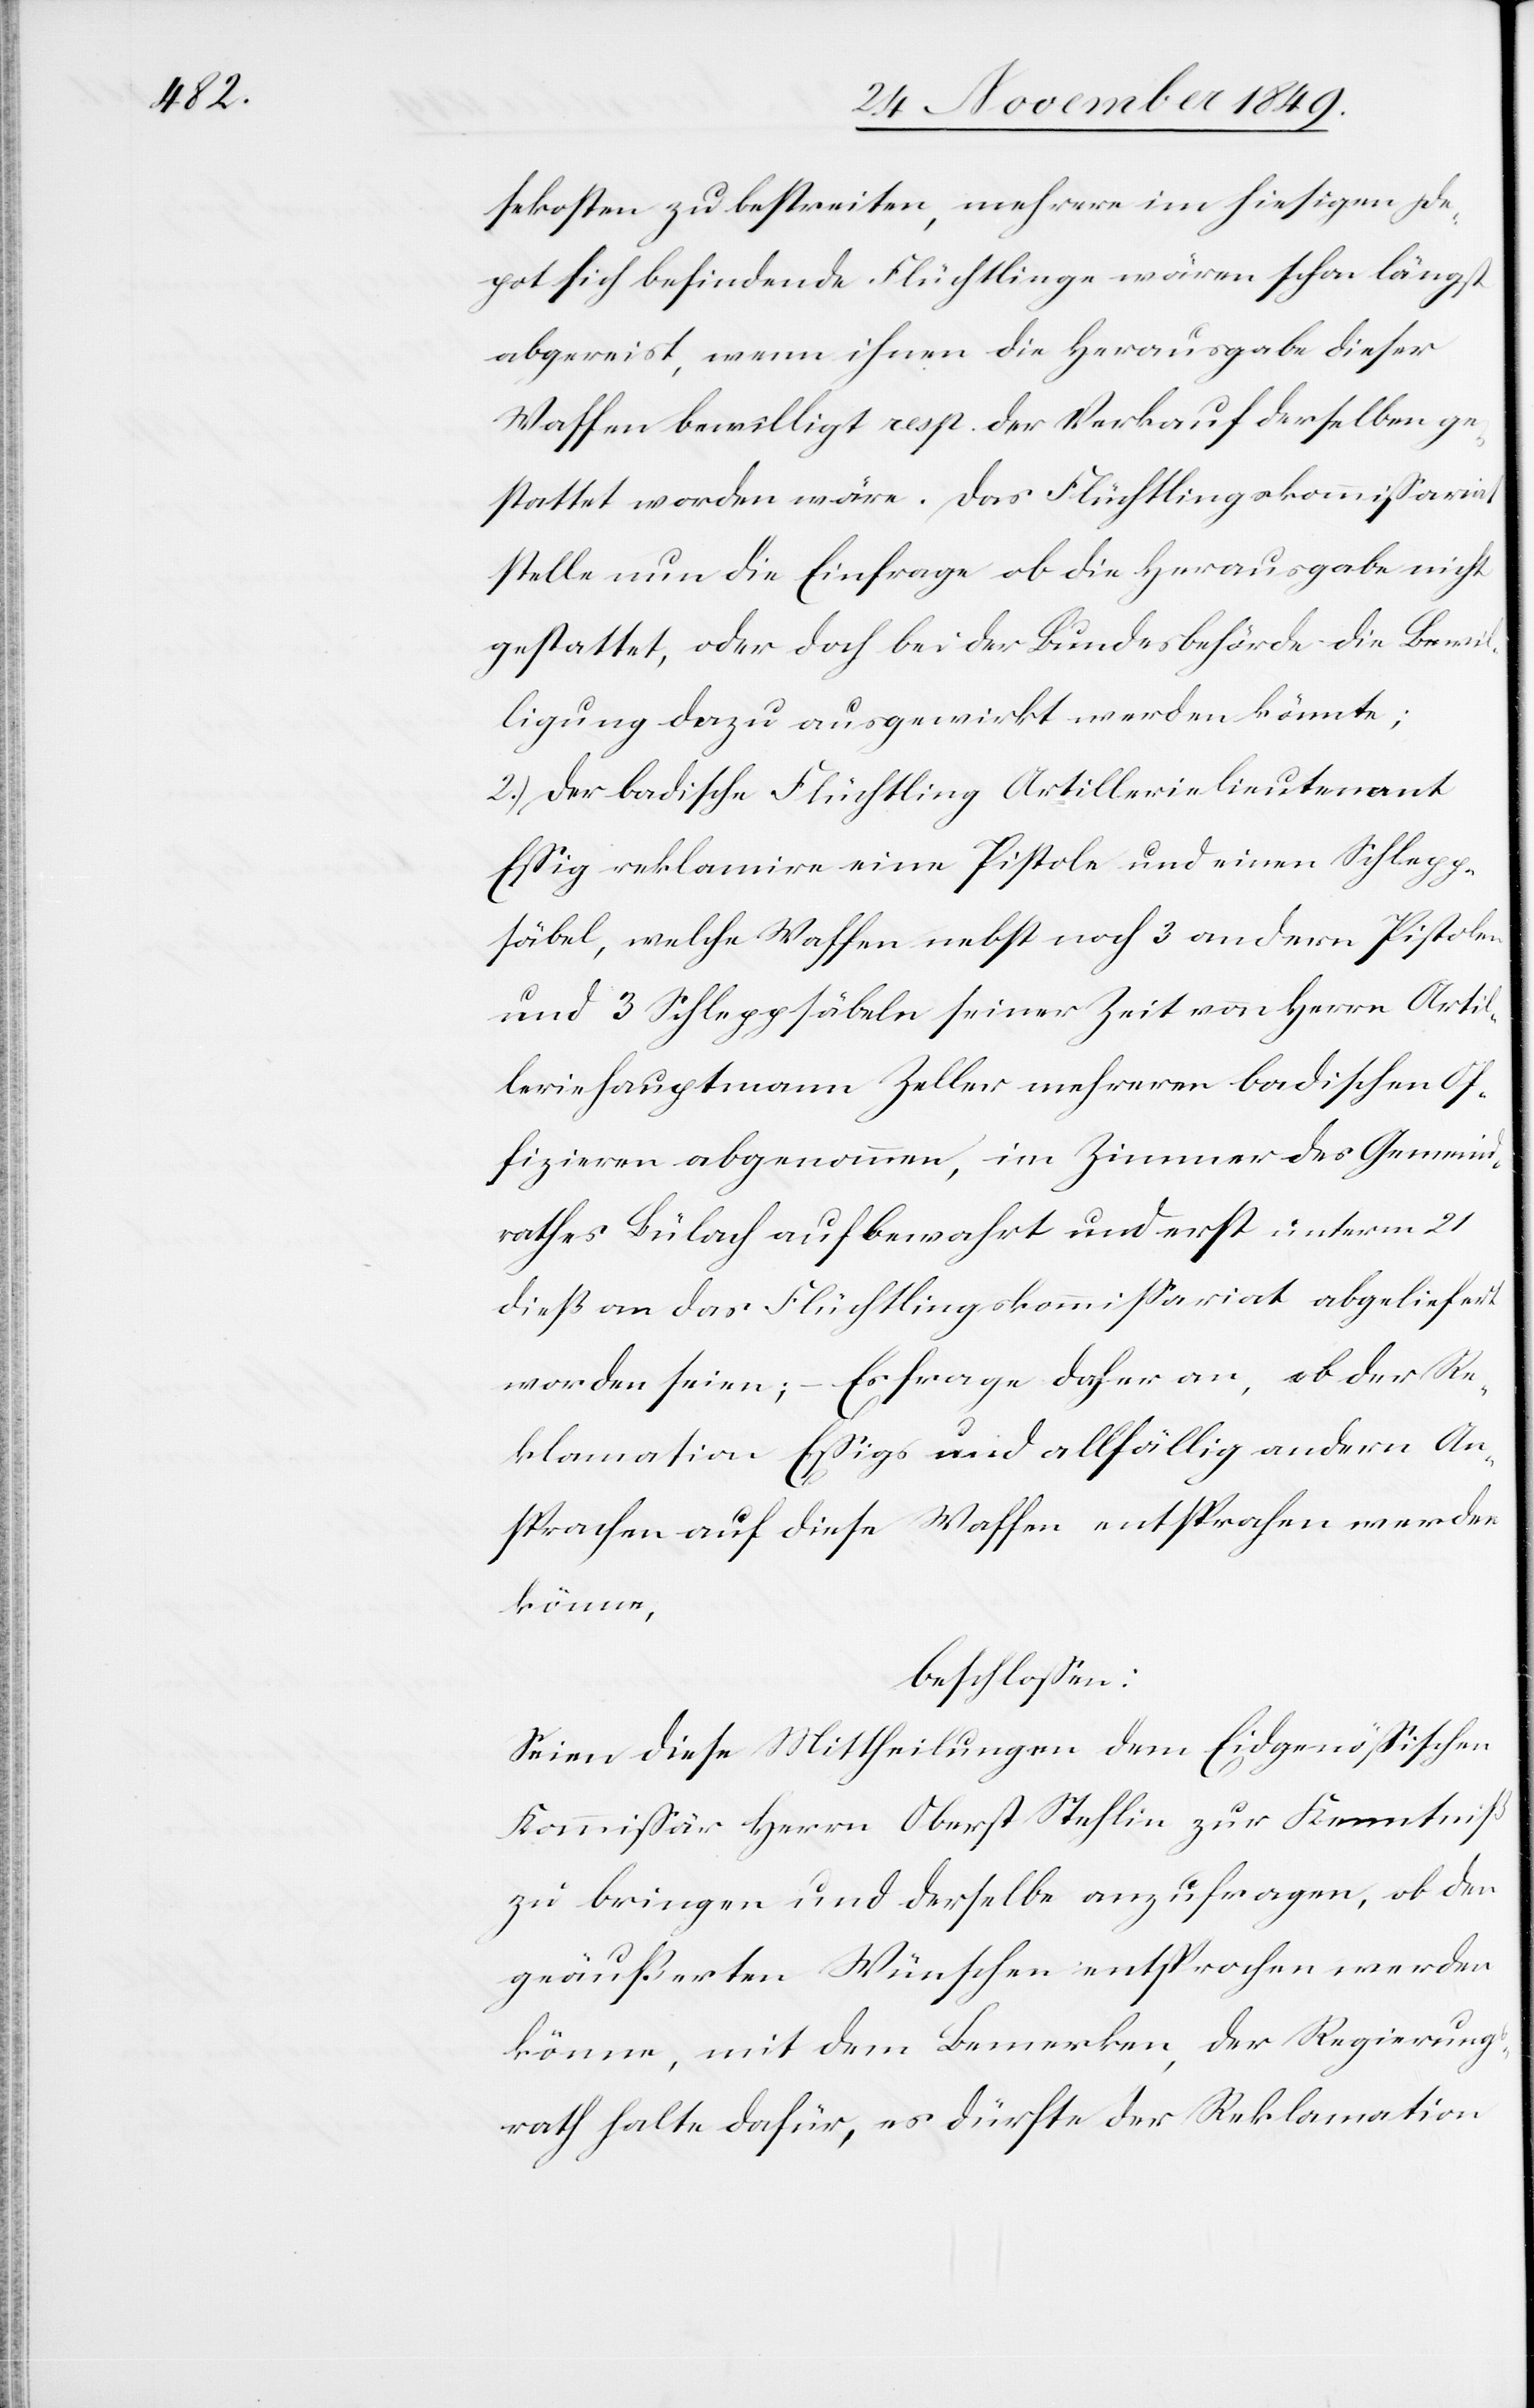
sekosten zu bestreiten, mehrere im hiesigen De¬
pot befindende Flüchtlinge wären schon längst
abgereist, wenn ihnen die Herausgabe dieser
Waffen bewilligt resp. der Verkauf derselben ge¬
stattet worden wäre. Das Flüchtlingskommißariat
stelle nun die Einfrage ob die Herausgabe nicht
gestattet, oder doch bei der Bundesbehörde die Bewil¬
ligung dazu ausgewirkt werden könnte;
2.) Der badische Flüchtling Artilleriekommandant
Eßig reklamire eine Pistole und einen Schlepp¬
säbel, welche Waffen nebst noch 3 andern Pistolen
und 3 Schleppsäbeln seiner Zeit von Herrn Artil¬
leriehauptmann Zeller mehreren badischen Of¬
fizieren abgenommen, im Zimmer des Gemeind¬
rathes Bülach aufbewahrt und erst unterm 21
dieß an das Flüchtlingskommißariat abgeliefert
worden seien; – Es frage daher an, ob der Re¬
klamation Eßigs und allfällig andern An¬
sprachen auf diese Waffen entsprochen werden
können,
beschloßen:
Seien diese Mittheilungen dem Eidgenößischen
Kommißär Herrn Oberst Stehlin zur Kenntniß
zu bringen und derselbe anzufragen, ob den
geäußerten Wünschen entsprochen werden
könne, mit dem Bemerken, der Regierungs¬
rath halte dafür, es dürfte der Reklamation